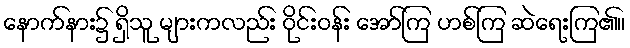
နောက်နား၌ ရှိသူ များကလည်း ဝိုင်းဝန်း အော်ကြ ဟစ်ကြ ဆဲရေးကြ၏။